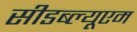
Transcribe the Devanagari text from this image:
सीडब्ल्यूएम